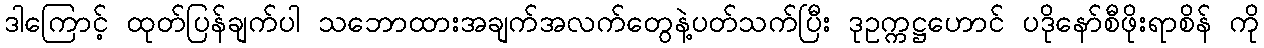
ဒါကြောင့် ထုတ်ပြန်ချက်ပါ သဘောထားအချက်အလက်တွေနဲ့ပတ်သက်ပြီး ဒုဥက္ကဋ္ဌဟောင် ပဒိုနော်စီဖိုးရာစိန် ကို